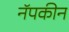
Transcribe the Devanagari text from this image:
नॅपकीन